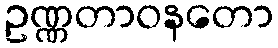
ဥဏ္ဏတာဝနတော